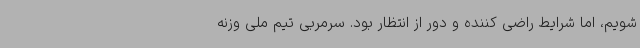
شویم، اما شرایط راضی کننده و دور از انتظار بود. سرمربی تیم ملی وزنه